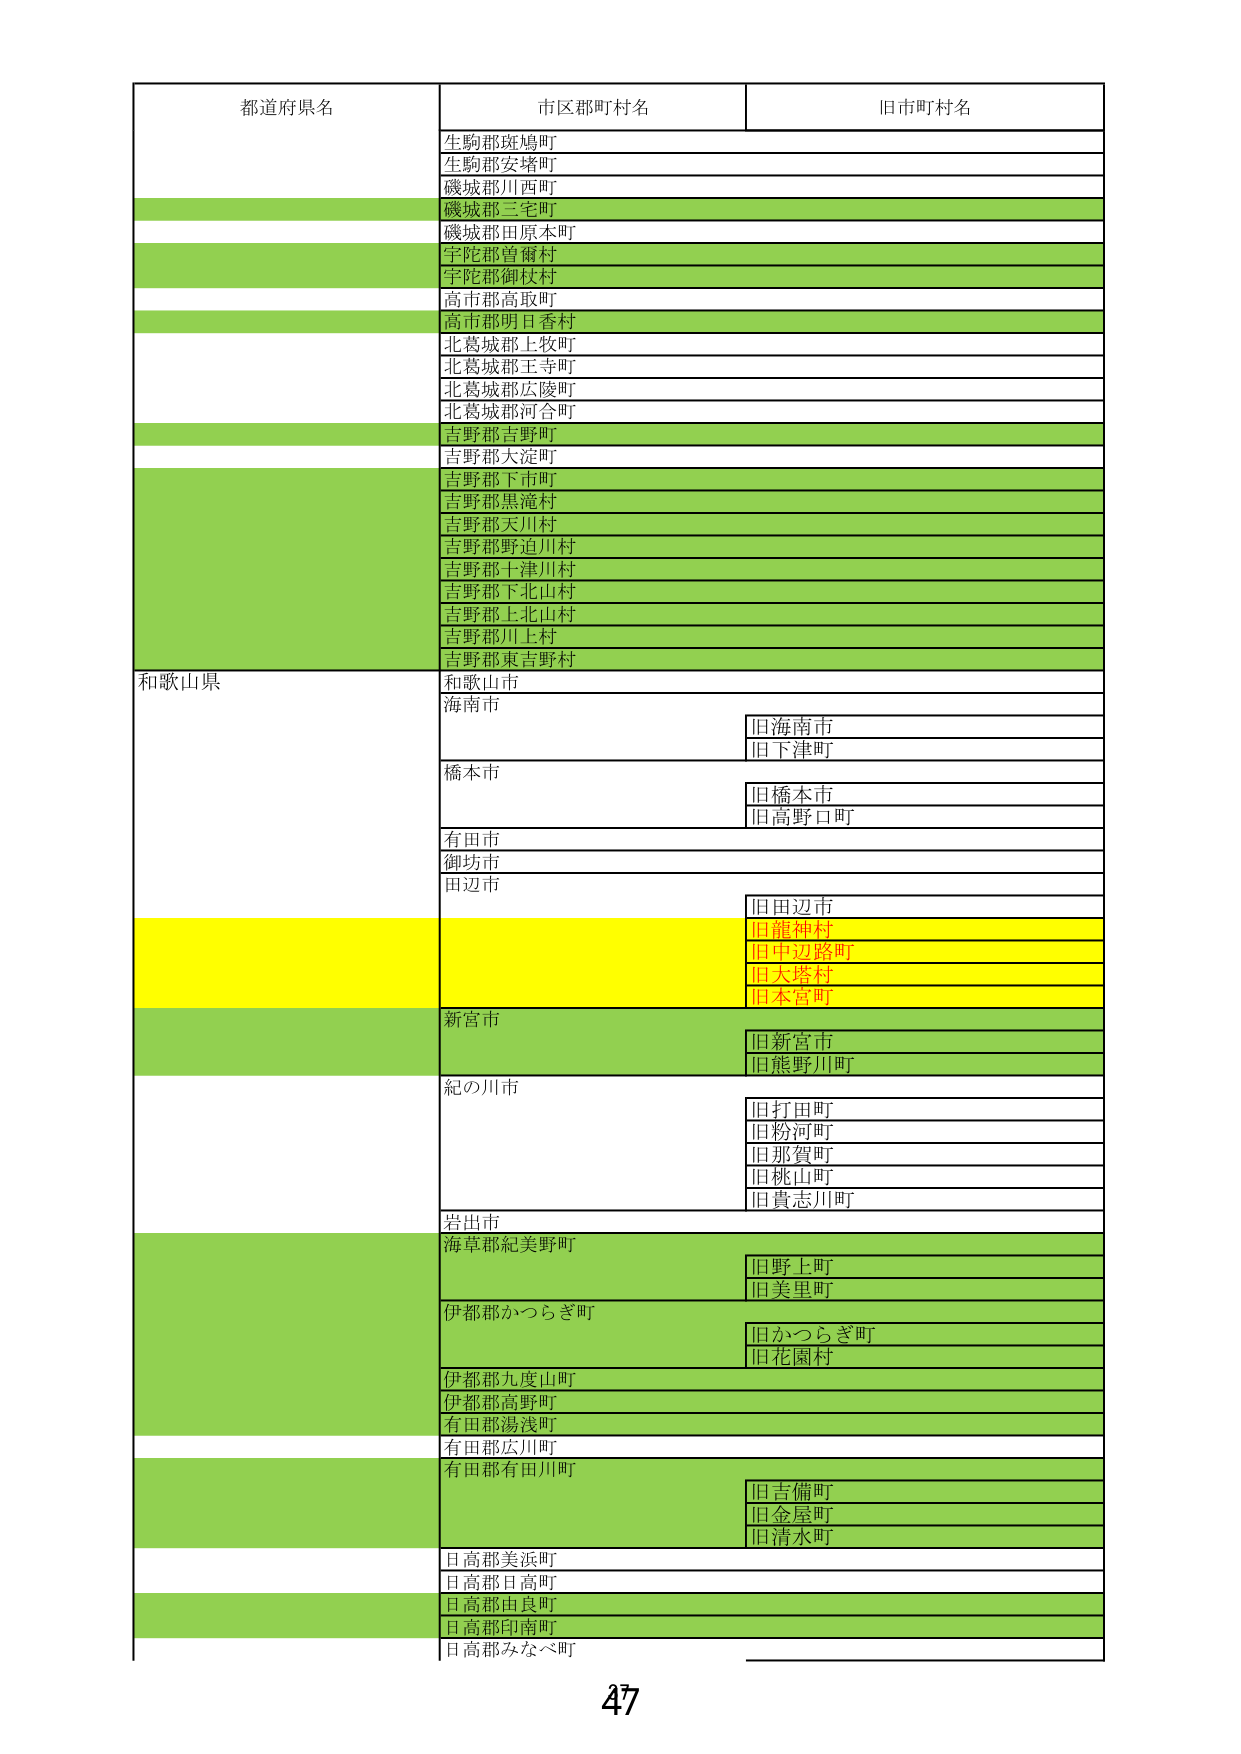
都道府県名
市区郡町村名
旧市町村名
生駒郡斑鳩町
生駒郡安堵町
磯城郡川西町
磯城郡三宅町
磯城郡田原本町
宇陀郡曽爾村
宇陀郡御杖村
高市郡高取町
高市郡明日香村
北葛城郡上牧町
北葛城郡王寺町
北葛城郡広陵町
北葛城郡河合町
吉野郡吉野町
吉野郡大淀町
吉野郡下市町
吉野郡黒滝村
吉野郡天川村
吉野郡野迫川村
吉野郡十津川村
吉野郡下北山村
吉野郡上北山村
吉野郡川上村
吉野郡東吉野村
和歌山県
和歌山市
海南市
旧海南市
旧下津町
橋本市
旧橋本市
旧高野口町
有田市
御坊市
田辺市
旧田辺市
旧龍神村
旧中辺路町
旧大塔村
旧本宮町
新宮市
旧新宮市
旧熊野川町
紀の川市
旧打田町
旧粉河町
旧那賀町
旧桃山町
旧貴志川町
岩出市
海草郡紀美野町
旧野上町
旧美里町
伊都郡かつらぎ町
旧かつらぎ町
旧花園村
伊都郡九度山町
伊都郡高野町
有田郡湯浅町
有田郡広川町
有田郡有田川町
旧吉備町
旧金屋町
旧清水町
日高郡美浜町
日高郡日高町
日高郡由良町
日高郡印南町
日高郡みなべ町
47